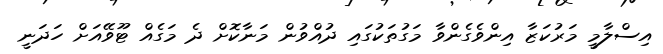
އިސްލާމީ މަރުކަޒާ އިންވެގެންވާ މަގުތަކުގައި ދުއްވުން މަނާކޮށް ދެ މަގެއް ޓޫވޭއަށް ހަދަނީ